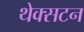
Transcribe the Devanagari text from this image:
थेक्सटन